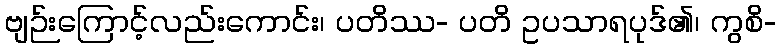
ဗျဉ်းကြောင့်လည်းကောင်း၊ ပတိဿ- ပတိ ဥပသာရပုဒ်၏၊ ကွစိ-